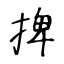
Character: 捭